Report on lock hospitals in British Burma
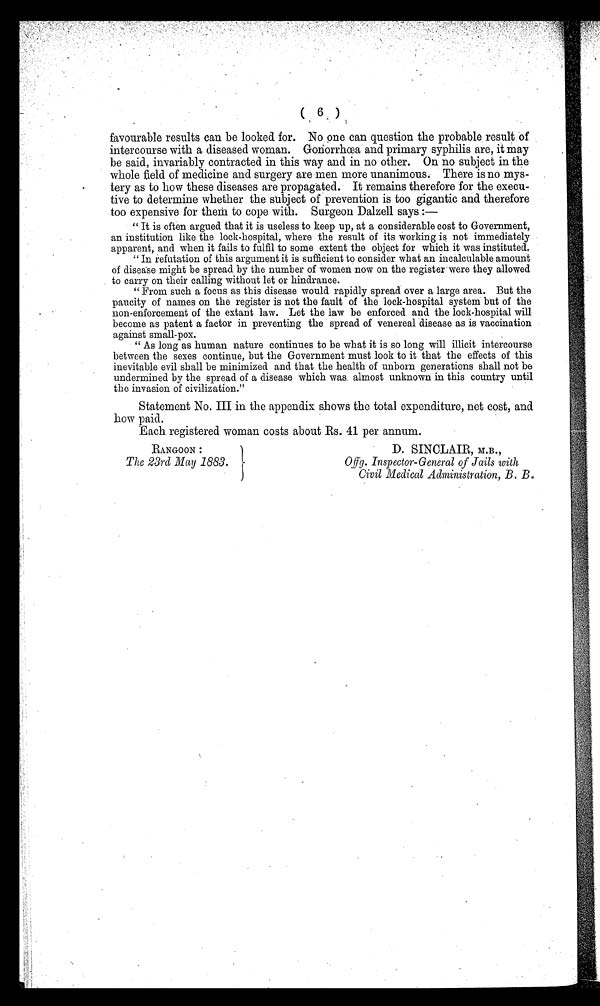
( 6 )
favourable results can be looked for. No one can question the probable result of
intercourse with a diseased woman. Gonorrhœa and primary syphilis are, it may
be said, invariably contracted in this way and in no other. On no subject in the
whole field of medicine and surgery are men more unanimous. There is no mys-
tery as to how these diseases are propagated. It remains therefore for the execu-
tive to determine whether the subject of prevention is too gigantic and therefore
t oo expensi ve for t hem t o cope wi t h. Surgeon Dal zel l says
: —
" It is often argued that it is useless to keep up, at a considerable cost to Government,
an institution like the lock-hospital, where the result of its working is not immediately
apparent, and when it fails to fulfil to some extent the object for which it was instituted.
" In refutation of this argument it is sufficient to consider what an incalculable amount
of disease might be spread by the number of women now on the register were they allowed
to carry on their calling without let or hindrance.
" From such a focus as this disease would rapidly spread over a large area. But the
paucity of names on the register is not the fault of the lock-hospital system but of the
non-enforcement of the extant law. Let the law be enforced and the lock-hospital will
become as patent a factor in preventing the spread of venereal disease as is vaccination
against small-pox.
" As long as human nature continues to be what it is so long will illicit intercourse
between the sexes continue, but the Government must look to it that the effects of this
inevitable evil shall be minimized and that the health of unborn generations shall not be
undermined by the spread of a disease which was almost unknown in this country until
the invasion of civilization."
Statement No. III in the appendix shows the total expenditure, net cost, and
how paid.
Each registered woman costs about Rs. 41 per annum.
RANGOON :
The 23rd May 1883.
D. SINCLAIR, M.B.,
Offg. Inspector-General of Jails with
Civil Medical Administration, B. B.